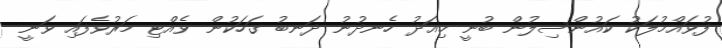
ފުވައްމުލަކު ކައުންސިލުން ބުނީ މިއަދު ހެނދުނު ދަނބު ގަހަކުން ވެއްޓި މަރުވެފައި ވަނީ